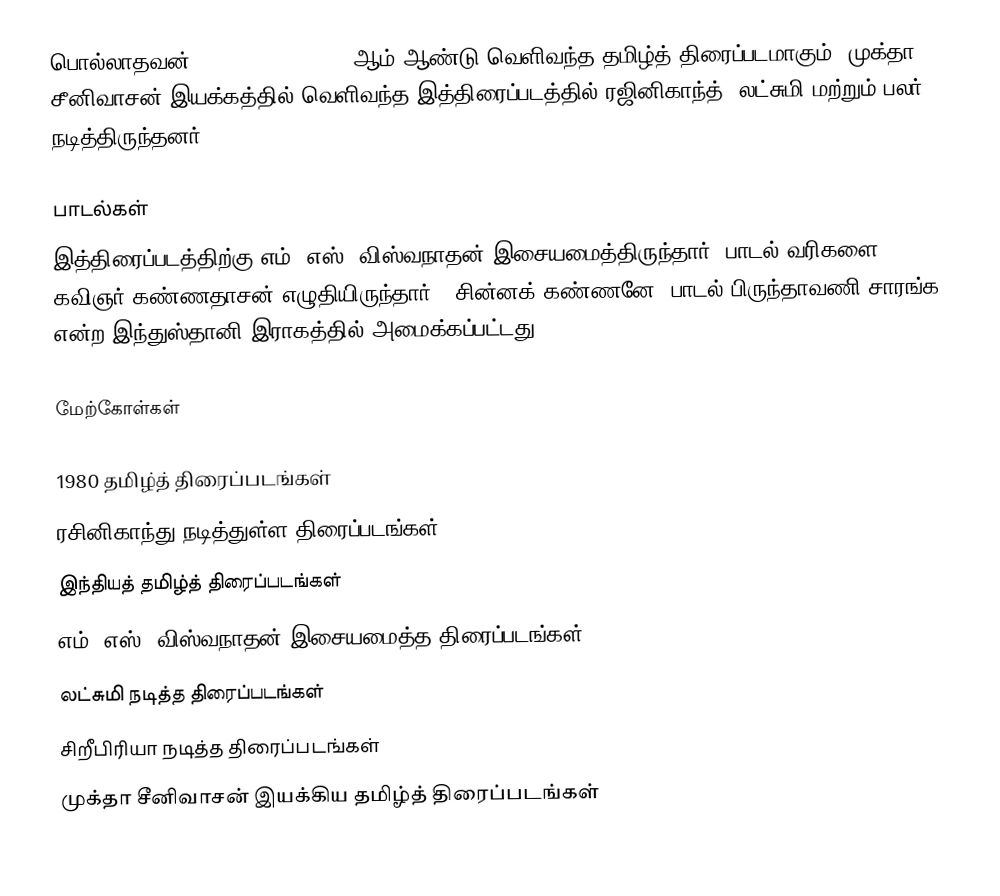
பொல்லாதவன் (Polladhavan) 1980 ஆம் ஆண்டு வெளிவந்த தமிழ்த் திரைப்படமாகும். முக்தா சீனிவாசன் இயக்கத்தில் வெளிவந்த இத்திரைப்படத்தில் ரஜினிகாந்த், லட்சுமி மற்றும் பலர் நடித்திருந்தனர்.

பாடல்கள்
இத்திரைப்படத்திற்கு எம். எஸ். விஸ்வநாதன் இசையமைத்திருந்தார். பாடல் வரிகளை கவிஞர் கண்ணதாசன் எழுதியிருந்தார்.  "சின்னக் கண்ணனே" பாடல் பிருந்தாவணி சாரங்க என்ற இந்துஸ்தானி இராகத்தில்  அமைக்கப்பட்டது.

மேற்கோள்கள்

1980 தமிழ்த் திரைப்படங்கள்
ரசினிகாந்து நடித்துள்ள திரைப்படங்கள்
இந்தியத் தமிழ்த் திரைப்படங்கள்
எம். எஸ். விஸ்வநாதன் இசையமைத்த திரைப்படங்கள்
லட்சுமி நடித்த திரைப்படங்கள்
சிறீபிரியா நடித்த திரைப்படங்கள்
முக்தா சீனிவாசன் இயக்கிய தமிழ்த் திரைப்படங்கள்